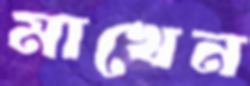
মাখেন